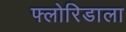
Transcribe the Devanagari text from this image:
फ्लोरिडाला